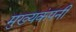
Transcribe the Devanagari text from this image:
मुख्यकंपनी